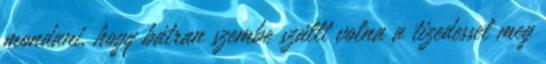
mondani, hogy bátran szembe szállt volna a tizedessel meg